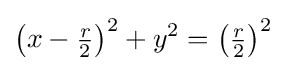
\left(x-{\tfrac {r}{2}}\right)^{2}+y^{2}=\left({\tfrac {r}{2}}\right)^{2}